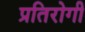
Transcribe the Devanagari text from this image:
प्रतिरोगी